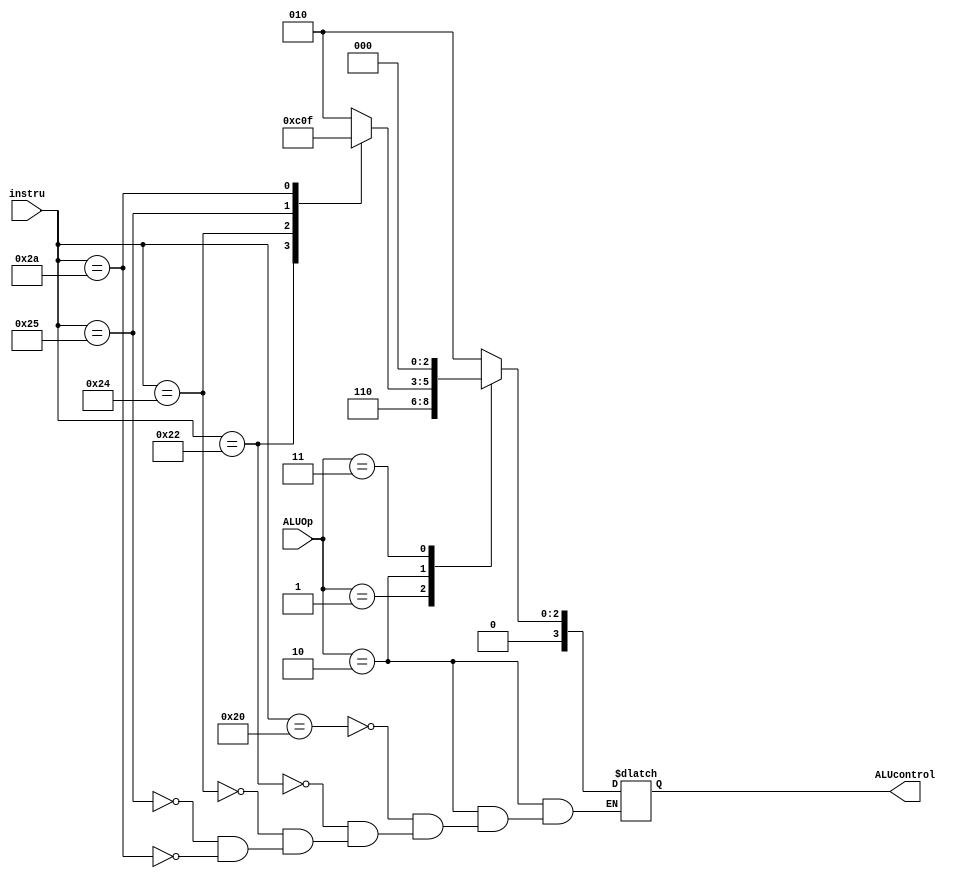
`timescale 1ns / 1ps

module alu_control(
  input [1:0] ALUOp,
  input [5:0] instru,
  output reg [3:0] ALUcontrol
);

  always @(ALUOp, instru) begin
    // $display("** ALUOp: 0x%H | instru: 0x%H",ALUOp,instru);
    case (ALUOp) 
      2'b00:
        ALUcontrol = 4'b0010;
      2'b01:
        ALUcontrol = 4'b0110;
      2'b10: begin
        case (instru)
          6'b100000: // add
            ALUcontrol = 4'b0010;
          6'b100010: // sub
            ALUcontrol = 4'b0110;
          6'b100100: // and
            ALUcontrol = 4'b0000;
          6'b100101: // or
            ALUcontrol = 4'b0001;
          6'b101010: // slt
            ALUcontrol = 4'b0111;
          default:
            ;
        endcase
      end
      2'b11: 
        ALUcontrol = 4'b0000;
      default:
        ;
    endcase
  end

endmodule